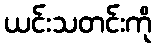
ယင်းသတင်းကို